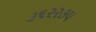
૩૬૨૨૭૫